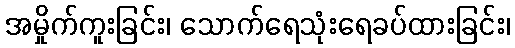
အမှိုက်ကူးခြင်း၊ သောက်ရေသုံးရေခပ်ထားခြင်း၊